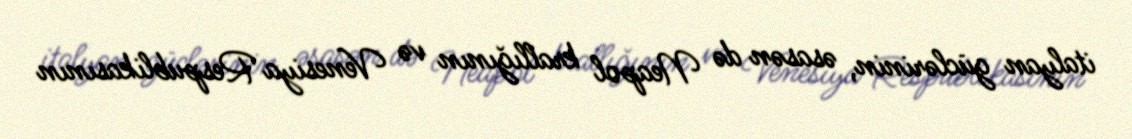
italyan güclərinin, əsasən də Neapol krallığının və Venesiya Respublikasının